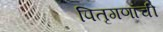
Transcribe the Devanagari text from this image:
पितृगणांची